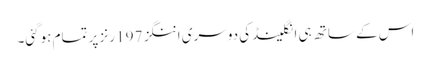
اس کے ساتھ ہی انگلینڈ کی دوسری اننگز 197 رنز پر تمام ہوگئی۔